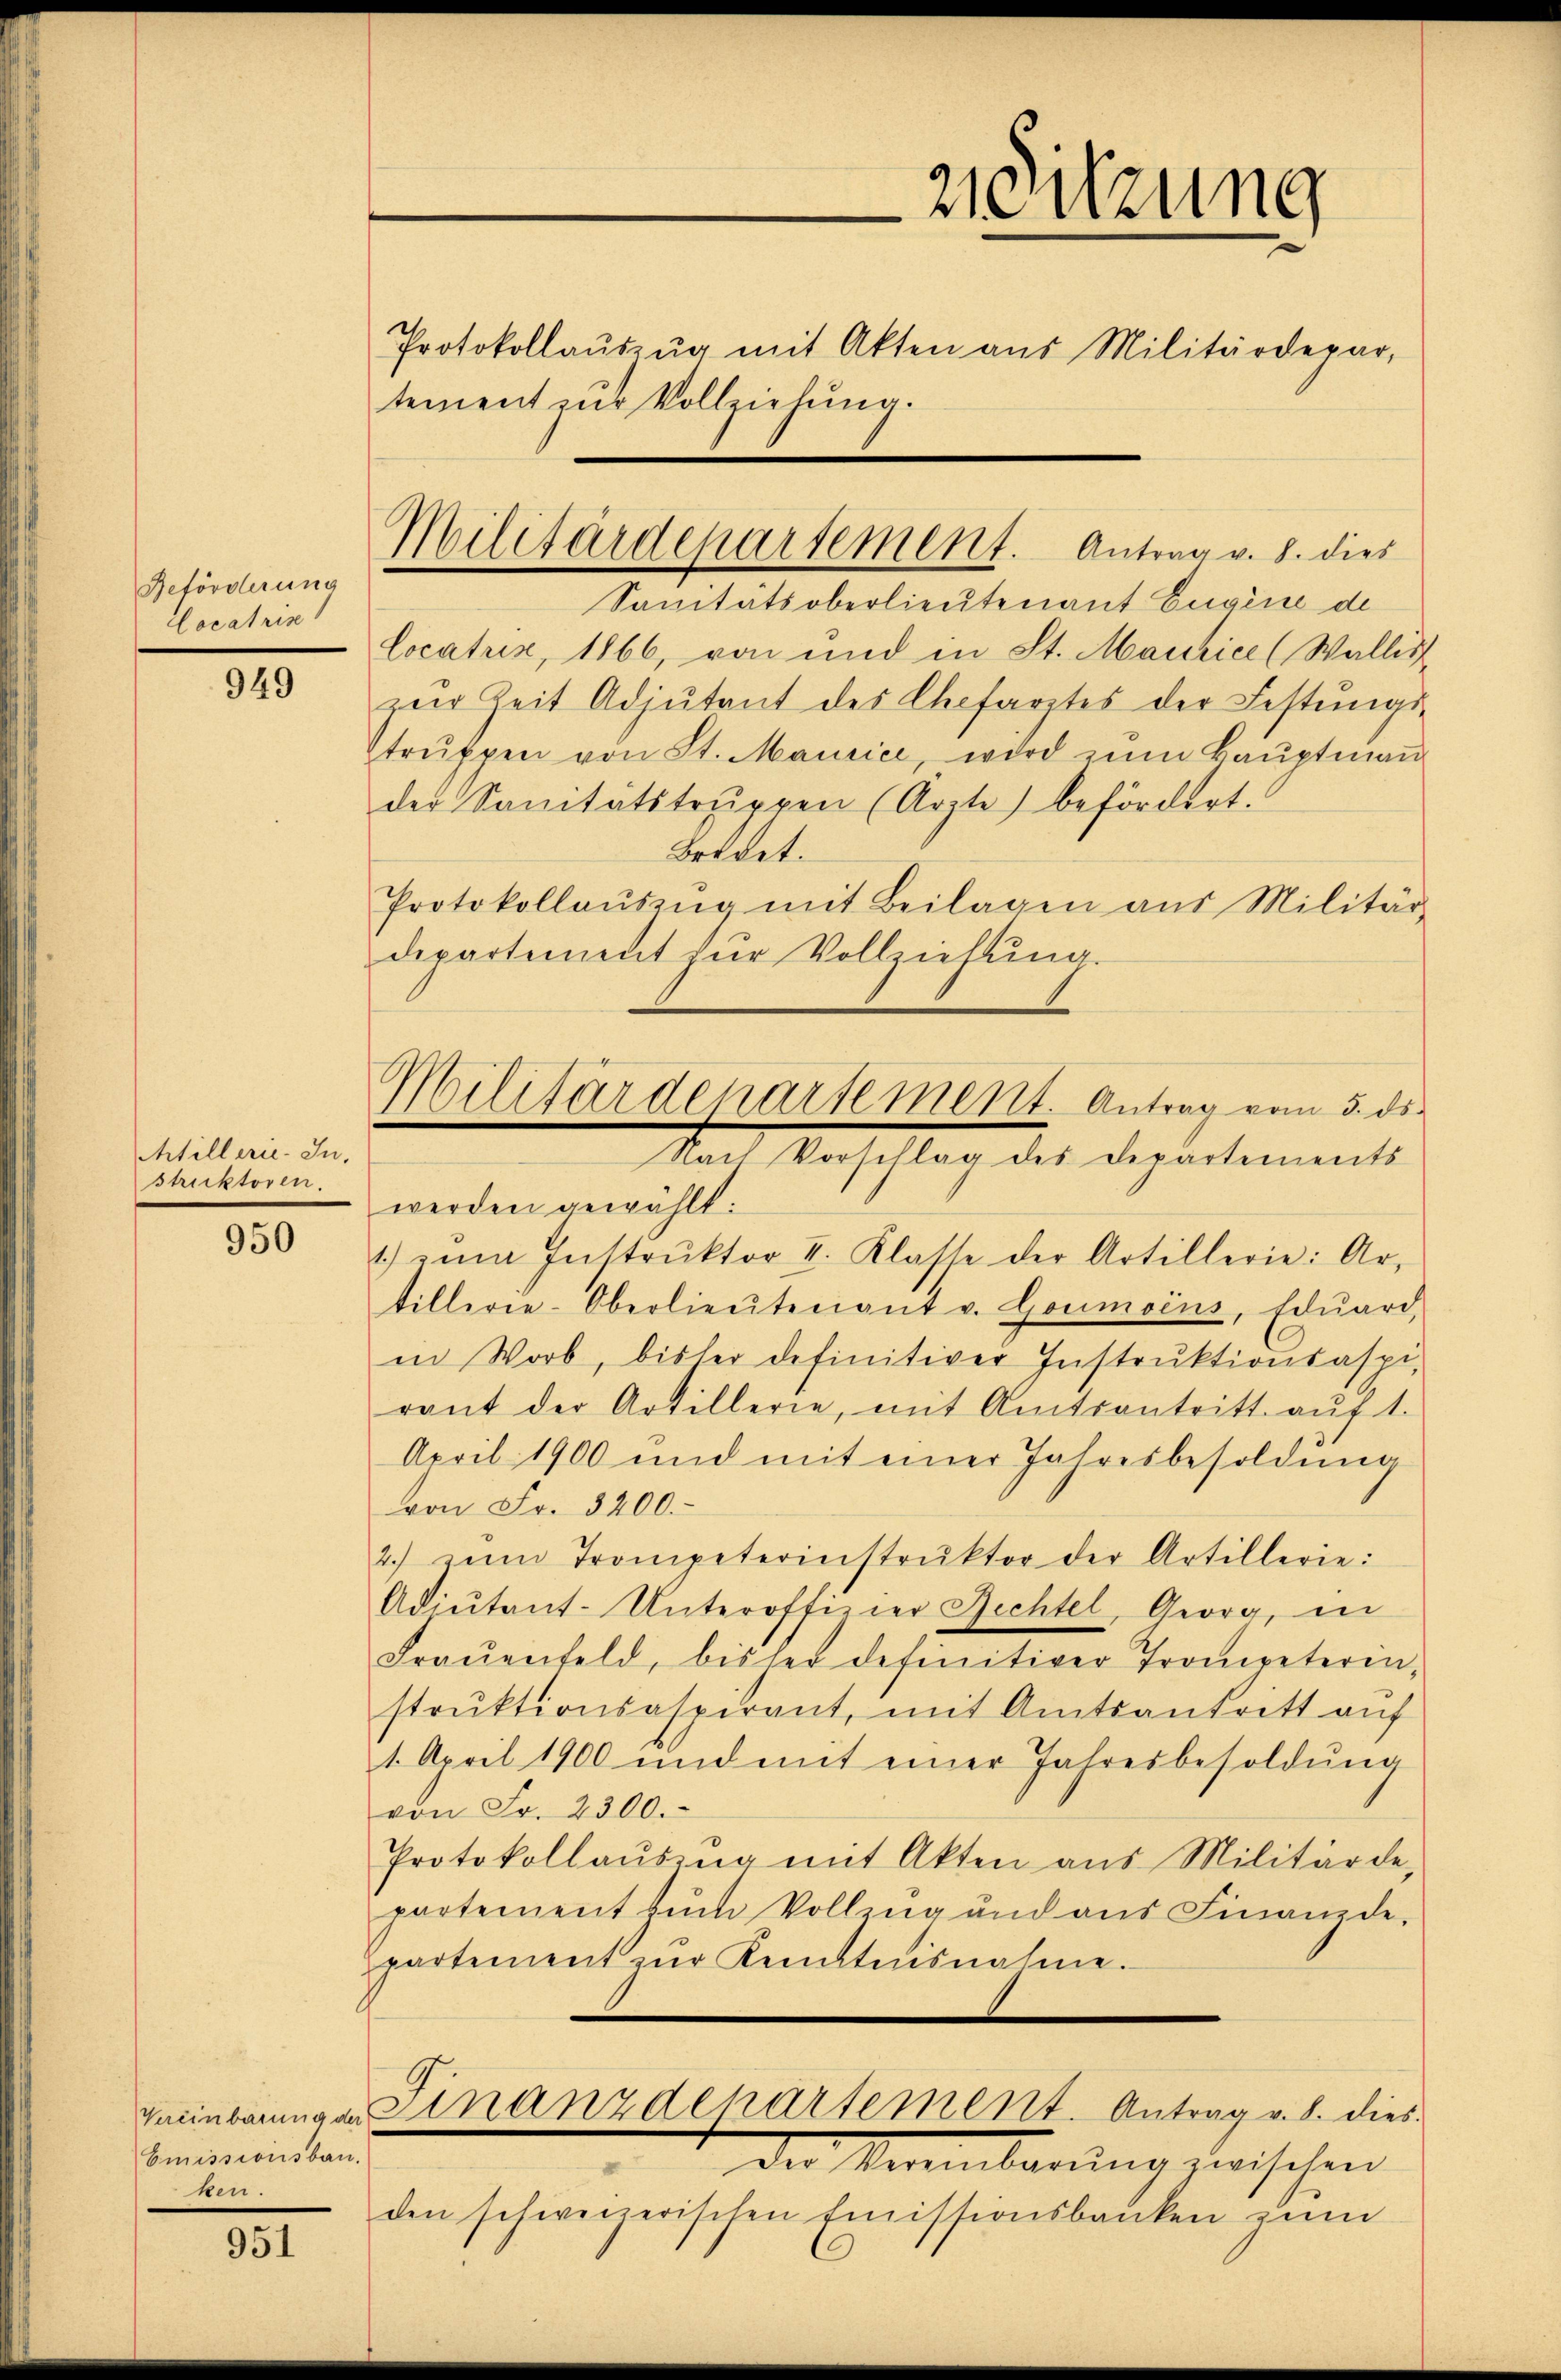
Beförderung
Cocatris

949

htillerie-In.
struktoren.

950

Emissionsbau.
ken.

951

Militärdepartement. Antrag v. 8. dies

tement zur Vollziehung.

Militärdepartement. Antrag vom 5. ds.
Nach Vorschlag des Departements

Sanitätsoberlieutenant Eugene de
Locatuz, 1866, von und in St. Maurice (Wallis
zur Zeit Adjutant des Chefarztes der Festungs-
trŭppen von St. Maurice, wird zŭm Baŭptmaṅ
der Sanitätstruppen (Arzte befördert.
Bredet.
Protokollaŭszŭg mit Beilagen aus Militär-
departement für Vollziehŭng.
werden gewählt.
1) zŭm Instrŭktor II. Klasse der Artillerie: Ar-
tillerie-Oberlieŭtenant v. Goumoins, Edŭard,
in Worb, bisher definitiver Instrŭktionsaspi-
rant der Artillerie, mit Amtsantritt aŭf 1.
April 1900 und mit einer Jahresbesoldung
von Fr. 3200.-
2.) zum Trompeterinstrŭktor der Artillerie:
Adiutant-Unteroffizier Rechtel, Georg, in
Fraŭenfeld, bisher definitiver Trompeterin-
strŭktionsaspirant, mit Amtsantritt aŭf
1. April 1900 und mit einer Jahresbesoldŭng
von Fr. 2300.
Protokollaŭszŭg mit Akten aus Militärde-
partement zŭm Vollzug und ans Finanzde-
partement zŭr Kenntnisnahme.
geeinbarung an Finanzdepartement. Antrag v. 8. dies
Der Vereinbarŭng zwischen
den schienerischen Emissionsbacken zum

2Sitzung
Protokollaŭszŭg mit Akten aus Militärdepar